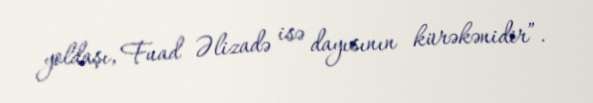
yoldaşı, Fuad Əlizadə isə dayısının kürəkənidir”.